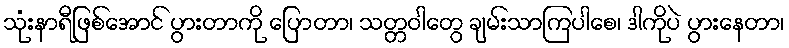
သုံးနာရီဖြစ်အောင် ပွားတာကို ပြောတာ၊ သတ္တဝါတွေ ချမ်းသာကြပါစေ၊ ဒါကိုပဲ ပွားနေတာ၊